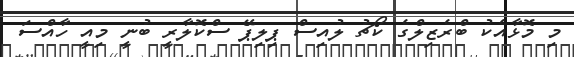
މި މޮޅާއެކު ބްރެޒިލްގެ ކޯޗު ލުއިސް ޕިލިޕޭ ސްކޮލާރީ ބުނީ މިއީ ހާއްސަ